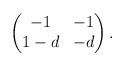
LaTeX: \begin{align*}\begin{pmatrix} -1 & -1\\1-d & -d \end{pmatrix}.\end{align*}